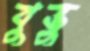
বুভুুু